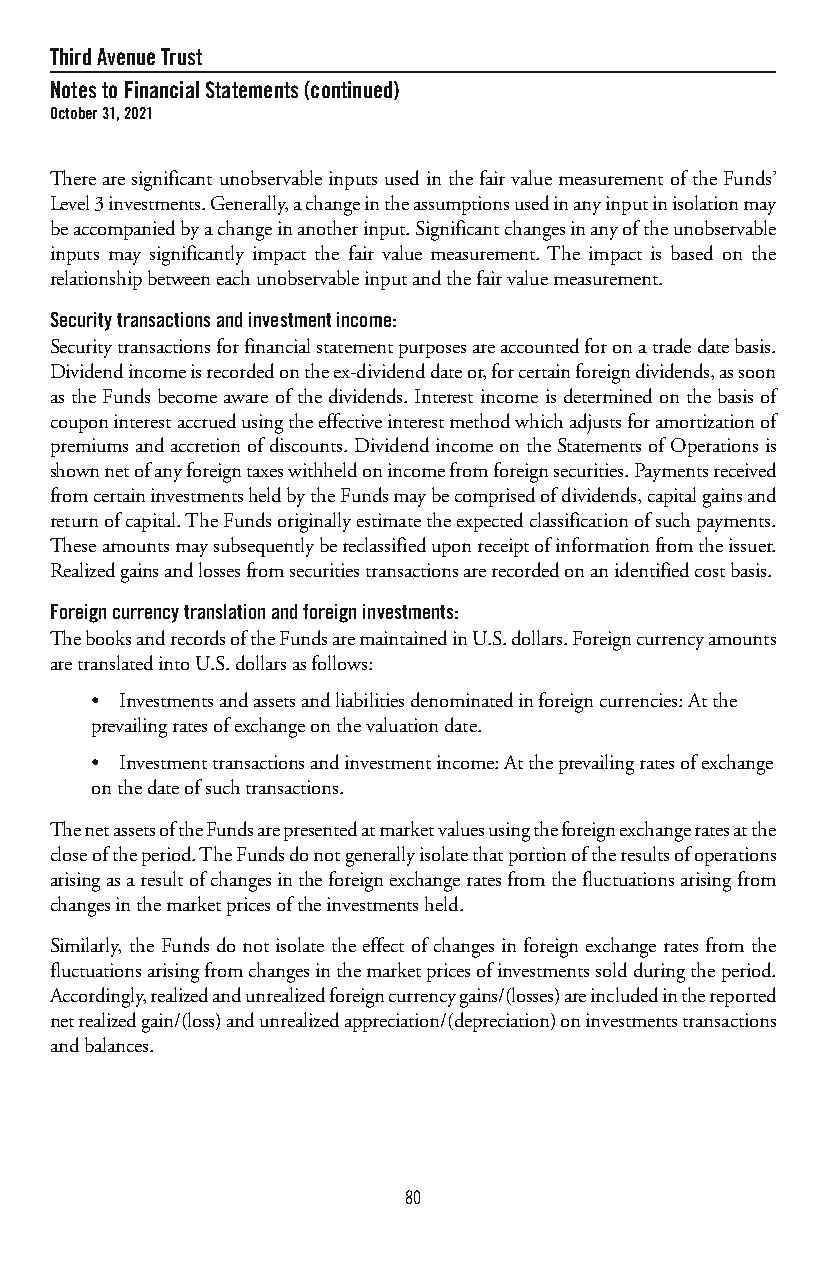
ThirdAvenueTrust
 NotestoFinancialStatements(continued)
 October31,2021
 TherearesignificantunobservableinputsusedinthefairvaluemeasurementoftheFunds’
 Level3investments.Generally,achangeintheassumptionsusedinanyinputinisolationmay
 beaccompaniedbyachangeinanotherinput.Significantchangesinanyoftheunobservable
 inputs may significantly impact the fair value measurement. The impact is based on the
 relationshipbetweeneachunobservableinputandthefairvaluemeasurement.
 Securitytransactionsandinvestmentincome:
 Securitytransactionsforfinancialstatementpurposesareaccountedforonatradedatebasis.
 Dividendincomeisrecordedontheex-dividenddateor,forcertainforeigndividends,assoon
 astheFundsbecomeawareofthedividends.Interestincomeisdeterminedonthebasisof
 couponinterestaccruedusingtheeffectiveinterestmethodwhichadjustsforamortizationof
 premiumsandaccretionofdiscounts.DividendincomeontheStatementsofOperationsis
 shownnetofanyforeigntaxeswithheldonincomefromforeignsecurities.Paymentsreceived
 fromcertaininvestmentsheldbytheFundsmaybecomprisedofdividends,capitalgainsand
 returnofcapital.TheFundsoriginallyestimatetheexpectedclassificationofsuchpayments.
 Theseamountsmaysubsequentlybereclassifieduponreceiptofinformationfromtheissuer.
 Realizedgainsandlossesfromsecuritiestransactionsarerecordedonanidentifiedcostbasis.
 Foreigncurrencytranslationandforeigninvestments:
 ThebooksandrecordsoftheFundsaremaintainedinU.S.dollars.Foreigncurrencyamounts
 aretranslatedintoU.S.dollarsasfollows:
 • Investmentsandassetsandliabilitiesdenominatedinforeigncurrencies:Atthe
 prevailingratesofexchangeonthevaluationdate.
 • Investmenttransactionsandinvestmentincome:Attheprevailingratesofexchange
 onthedateofsuchtransactions.
 ThenetassetsoftheFundsarepresentedatmarketvaluesusingtheforeignexchangeratesatthe
 closeoftheperiod.TheFundsdonotgenerallyisolatethatportionoftheresultsofoperations
 arisingasaresultofchangesintheforeignexchangeratesfromthefluctuationsarisingfrom
 changesinthemarketpricesoftheinvestmentsheld.
 Similarly, the Funds do not isolate the effect of changes in foreign exchange rates from the
 fluctuationsarisingfromchangesinthemarketpricesofinvestmentssoldduringtheperiod.
 Accordingly,realizedandunrealizedforeigncurrencygains/(losses)areincludedinthereported
 netrealizedgain/(loss)andunrealizedappreciation/(depreciation)oninvestmentstransactions
 andbalances.
 80